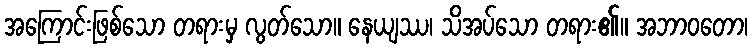
အကြောင်းဖြစ်သော တရားမှ လွတ်သော။ နေယျဿ၊ သိအပ်သော တရား၏။ အဘာဝတော၊